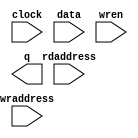
// megafunction wizard: %RAM: 2-PORT%VBB%
// GENERATION: STANDARD
// VERSION: WM1.0
// MODULE: altdpram 

// ============================================================
// Megafunction Name(s):
// 			altdpram
//
// Simulation Library Files(s):
// 			altera_mf
// ============================================================
// ************************************************************
// THIS IS A WIZARD-GENERATED FILE. DO NOT EDIT THIS FILE!
//
// 22.1std.0 Build 915 10/25/2022 SC Standard Edition
// ************************************************************

//Copyright (C) 2022  Intel Corporation. All rights reserved.
//Your use of Intel Corporation's design tools, logic functions 
//and other software and tools, and any partner logic 
//functions, and any output files from any of the foregoing 
//(including device programming or simulation files), and any 
//associated documentation or information are expressly subject 
//to the terms and conditions of the Intel Program License 
//Subscription Agreement, the Intel Quartus Prime License Agreement,
//the Intel FPGA IP License Agreement, or other applicable license
//agreement, including, without limitation, that your use is for
//the sole purpose of programming logic devices manufactured by
//Intel and sold by Intel or its authorized distributors.  Please
//refer to the applicable agreement for further details, at
//https://fpgasoftware.intel.com/eula.

module ram_mlab_bit (
	clock,
	data,
	rdaddress,
	wraddress,
	wren,
	q);

	input	  clock;
	input	[0:0]  data;
	input	[7:0]  rdaddress; 
	input	[7:0]  wraddress;
	input	  wren;
	output	[0:0]  q;
`ifndef ALTERA_RESERVED_QIS
// synopsys translate_off
`endif
	tri0	  wren;
`ifndef ALTERA_RESERVED_QIS
// synopsys translate_on
`endif

endmodule

// ============================================================
// CNX file retrieval info
// ============================================================
// Retrieval info: PRIVATE: ADDRESSSTALL_A NUMERIC "0"
// Retrieval info: PRIVATE: ADDRESSSTALL_B NUMERIC "0"
// Retrieval info: PRIVATE: BYTEENA_ACLR_A NUMERIC "0"
// Retrieval info: PRIVATE: BYTEENA_ACLR_B NUMERIC "0"
// Retrieval info: PRIVATE: BYTE_ENABLE_A NUMERIC "0"
// Retrieval info: PRIVATE: BYTE_ENABLE_B NUMERIC "0"
// Retrieval info: PRIVATE: BYTE_SIZE NUMERIC "8"
// Retrieval info: PRIVATE: BlankMemory NUMERIC "1"
// Retrieval info: PRIVATE: CLOCK_ENABLE_INPUT_A NUMERIC "0"
// Retrieval info: PRIVATE: CLOCK_ENABLE_INPUT_B NUMERIC "0"
// Retrieval info: PRIVATE: CLOCK_ENABLE_OUTPUT_A NUMERIC "0"
// Retrieval info: PRIVATE: CLOCK_ENABLE_OUTPUT_B NUMERIC "0"
// Retrieval info: PRIVATE: CLRdata NUMERIC "0"
// Retrieval info: PRIVATE: CLRq NUMERIC "0"
// Retrieval info: PRIVATE: CLRrdaddress NUMERIC "0"
// Retrieval info: PRIVATE: CLRrren NUMERIC "0"
// Retrieval info: PRIVATE: CLRwraddress NUMERIC "0"
// Retrieval info: PRIVATE: CLRwren NUMERIC "0"
// Retrieval info: PRIVATE: Clock NUMERIC "0"
// Retrieval info: PRIVATE: Clock_A NUMERIC "0"
// Retrieval info: PRIVATE: Clock_B NUMERIC "0"
// Retrieval info: PRIVATE: IMPLEMENT_IN_LES NUMERIC "0"
// Retrieval info: PRIVATE: INDATA_ACLR_B NUMERIC "0"
// Retrieval info: PRIVATE: INDATA_REG_B NUMERIC "0"
// Retrieval info: PRIVATE: INIT_FILE_LAYOUT STRING "PORT_B"
// Retrieval info: PRIVATE: INIT_TO_SIM_X NUMERIC "0"
// Retrieval info: PRIVATE: INTENDED_DEVICE_FAMILY STRING "Cyclone V"
// Retrieval info: PRIVATE: JTAG_ENABLED NUMERIC "0"
// Retrieval info: PRIVATE: JTAG_ID STRING "NONE"
// Retrieval info: PRIVATE: MAXIMUM_DEPTH NUMERIC "0"
// Retrieval info: PRIVATE: MEMSIZE NUMERIC "256"
// Retrieval info: PRIVATE: MEM_IN_BITS NUMERIC "1"
// Retrieval info: PRIVATE: MIFfilename STRING ""
// Retrieval info: PRIVATE: OPERATION_MODE NUMERIC "2"
// Retrieval info: PRIVATE: OUTDATA_ACLR_B NUMERIC "0"
// Retrieval info: PRIVATE: OUTDATA_REG_B NUMERIC "0"
// Retrieval info: PRIVATE: RAM_BLOCK_TYPE NUMERIC "1"
// Retrieval info: PRIVATE: READ_DURING_WRITE_MODE_MIXED_PORTS NUMERIC "4"
// Retrieval info: PRIVATE: READ_DURING_WRITE_MODE_PORT_A NUMERIC "1"
// Retrieval info: PRIVATE: READ_DURING_WRITE_MODE_PORT_B NUMERIC "3"
// Retrieval info: PRIVATE: REGdata NUMERIC "1"
// Retrieval info: PRIVATE: REGq NUMERIC "1"
// Retrieval info: PRIVATE: REGrdaddress NUMERIC "0"
// Retrieval info: PRIVATE: REGrren NUMERIC "0"
// Retrieval info: PRIVATE: REGwraddress NUMERIC "1"
// Retrieval info: PRIVATE: REGwren NUMERIC "1"
// Retrieval info: PRIVATE: SYNTH_WRAPPER_GEN_POSTFIX STRING "0"
// Retrieval info: PRIVATE: USE_DIFF_CLKEN NUMERIC "0"
// Retrieval info: PRIVATE: UseDPRAM NUMERIC "1"
// Retrieval info: PRIVATE: VarWidth NUMERIC "0"
// Retrieval info: PRIVATE: WIDTH_READ_A NUMERIC "1"
// Retrieval info: PRIVATE: WIDTH_READ_B NUMERIC "1"
// Retrieval info: PRIVATE: WIDTH_WRITE_A NUMERIC "1"
// Retrieval info: PRIVATE: WIDTH_WRITE_B NUMERIC "1"
// Retrieval info: PRIVATE: WRADDR_ACLR_B NUMERIC "0"
// Retrieval info: PRIVATE: WRADDR_REG_B NUMERIC "0"
// Retrieval info: PRIVATE: WRCTRL_ACLR_B NUMERIC "0"
// Retrieval info: PRIVATE: enable NUMERIC "0"
// Retrieval info: PRIVATE: rden NUMERIC "0"
// Retrieval info: LIBRARY: altera_mf altera_mf.altera_mf_components.all
// Retrieval info: CONSTANT: INDATA_ACLR STRING "OFF"
// Retrieval info: CONSTANT: INDATA_REG STRING "INCLOCK"
// Retrieval info: CONSTANT: INTENDED_DEVICE_FAMILY STRING "Cyclone V"
// Retrieval info: CONSTANT: LPM_TYPE STRING "altdpram"
// Retrieval info: CONSTANT: OUTDATA_ACLR STRING "OFF"
// Retrieval info: CONSTANT: OUTDATA_REG STRING "UNREGISTERED"
// Retrieval info: CONSTANT: RAM_BLOCK_TYPE STRING "MLAB"
// Retrieval info: CONSTANT: RDADDRESS_ACLR STRING "OFF"
// Retrieval info: CONSTANT: RDADDRESS_REG STRING "UNREGISTERED"
// Retrieval info: CONSTANT: RDCONTROL_ACLR STRING "OFF"
// Retrieval info: CONSTANT: RDCONTROL_REG STRING "UNREGISTERED"
// Retrieval info: CONSTANT: READ_DURING_WRITE_MODE_MIXED_PORTS STRING "CONSTRAINED_DONT_CARE"
// Retrieval info: CONSTANT: WIDTH NUMERIC "1"
// Retrieval info: CONSTANT: WIDTHAD NUMERIC "8"
// Retrieval info: CONSTANT: WIDTH_BYTEENA NUMERIC "1"
// Retrieval info: CONSTANT: WRADDRESS_ACLR STRING "OFF"
// Retrieval info: CONSTANT: WRADDRESS_REG STRING "INCLOCK"
// Retrieval info: CONSTANT: WRCONTROL_ACLR STRING "OFF"
// Retrieval info: CONSTANT: WRCONTROL_REG STRING "INCLOCK"
// Retrieval info: USED_PORT: clock 0 0 0 0 INPUT NODEFVAL "clock"
// Retrieval info: USED_PORT: data 0 0 1 0 INPUT NODEFVAL "data[0..0]"
// Retrieval info: USED_PORT: q 0 0 1 0 OUTPUT NODEFVAL "q[0..0]"
// Retrieval info: USED_PORT: rdaddress 0 0 8 0 INPUT NODEFVAL "rdaddress[7..0]"
// Retrieval info: USED_PORT: wraddress 0 0 8 0 INPUT NODEFVAL "wraddress[7..0]"
// Retrieval info: USED_PORT: wren 0 0 0 0 INPUT GND "wren"
// Retrieval info: CONNECT: @data 0 0 1 0 data 0 0 1 0
// Retrieval info: CONNECT: @inclock 0 0 0 0 clock 0 0 0 0
// Retrieval info: CONNECT: @outclock 0 0 0 0 clock 0 0 0 0
// Retrieval info: CONNECT: @rdaddress 0 0 8 0 rdaddress 0 0 8 0
// Retrieval info: CONNECT: @wraddress 0 0 8 0 wraddress 0 0 8 0
// Retrieval info: CONNECT: @wren 0 0 0 0 wren 0 0 0 0
// Retrieval info: CONNECT: q 0 0 1 0 @q 0 0 1 0
// Retrieval info: GEN_FILE: TYPE_NORMAL ram_mlab_bit.v TRUE
// Retrieval info: GEN_FILE: TYPE_NORMAL ram_mlab_bit.inc FALSE
// Retrieval info: GEN_FILE: TYPE_NORMAL ram_mlab_bit.cmp FALSE
// Retrieval info: GEN_FILE: TYPE_NORMAL ram_mlab_bit.bsf FALSE
// Retrieval info: GEN_FILE: TYPE_NORMAL ram_mlab_bit_inst.v FALSE
// Retrieval info: GEN_FILE: TYPE_NORMAL ram_mlab_bit_bb.v TRUE
// Retrieval info: LIB_FILE: altera_mf